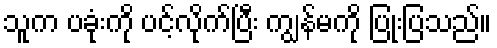
သူက ပခုံးကို ပင့်လိုက်ပြီး ကျွန်မကို ပြုံးပြသည်။